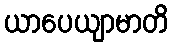
ယာပေယျာမာတိ